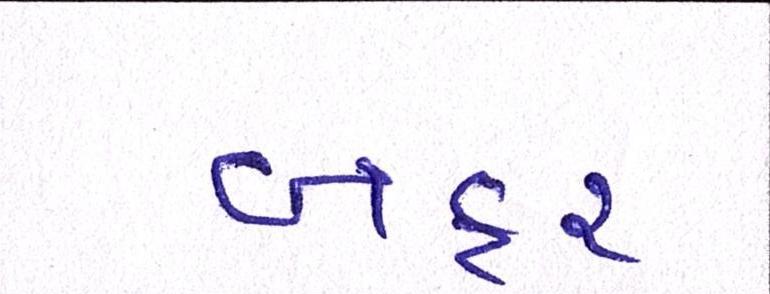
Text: બફર